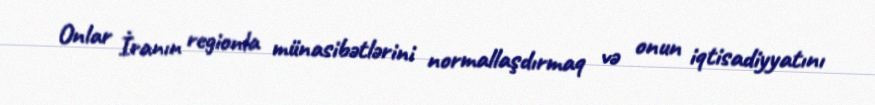
Onlar İranın regionla münasibətlərini normallaşdırmaq və onun iqtisadiyyatını